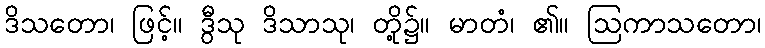
ဒိသတော၊ ဖြင့်။ ဒွီသု ဒိသာသု၊ တို့၌။ မာတံ၊ ၏။ ဩကာသတော၊